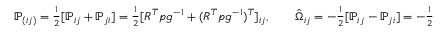
\begin{array} { r } { { \mathbb P } _ { ( i j ) } = \frac 1 2 [ { \mathbb P } _ { i j } + { \mathbb P } _ { j i } ] = \frac 1 2 [ R ^ { T } p g ^ { - 1 } + ( R ^ { T } p g ^ { - 1 } ) ^ { T } ] _ { i j } , \qquad \hat { \Omega } _ { i j } = - \frac 1 2 [ { \mathbb P } _ { i j } - { \mathbb P } _ { j i } ] = - \frac 1 2 [ R ^ { T } p g ^ { - 1 } - ( R ^ { T } p g ^ { - 1 } ) ^ { T } ] _ { i j } , } \end{array}